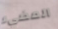
المضيء